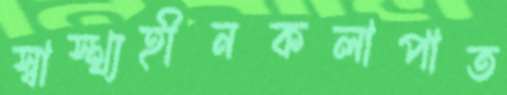
স্বাস্থ্যহীনকলাপাত